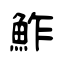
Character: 鮓